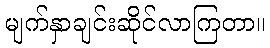
မျက်နှာချင်းဆိုင်လာကြတာ။